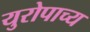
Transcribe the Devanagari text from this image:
युरोपाच्य